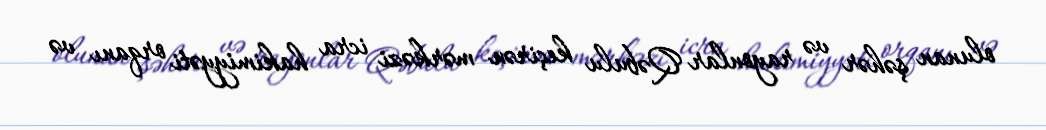
olunan şəhər və rayonlar Qəbulu keçirən mərkəzi icra hakimiyyəti orqanı və